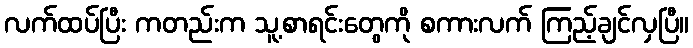
လက်ထပ်ပြီး ကတည်းက သူ့စာရင်းတွေကို စကားလက် ကြည့်ချင်လှပြီ။